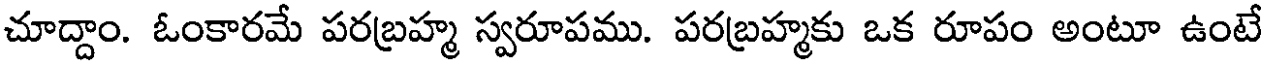
చూద్దాం. ఓంకారమే పరబ్రహ్మ స్వరూపము. పరబ్రహ్మకు ఒక రూపం అంటూ ఉంటే